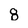
Character: 8